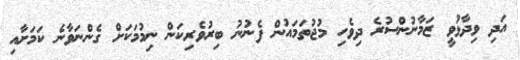
އަދި ވިދާޅުވީ ޒަމާނުންސުރެ ދިވެހި މުޖުތަމައުން ފެނުނު ބިރުވެރިކަން ނިމުމަކަށް ގެންނަވާނެ ކަމަށާއި